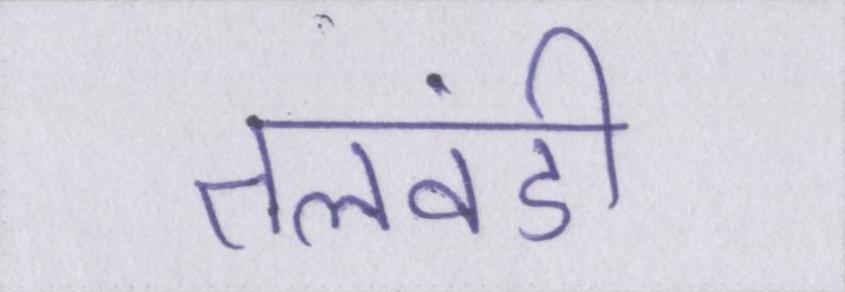
तलवंडी